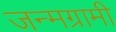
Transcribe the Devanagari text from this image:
जन्मग्रामी